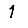
Digit: 1